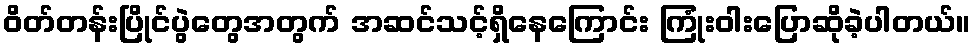
ဝိတ်တန်းပြိုင်ပွဲတွေအတွက် အဆင်သင့်ရှိနေကြောင်း ကြုံးဝါးပြောဆိုခဲ့ပါတယ်။